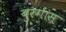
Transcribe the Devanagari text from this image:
बुरगास